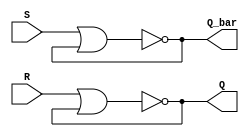
module sr_latch(
    input S,
    input R,
    output Q,
    output Q_bar
);

wire n1, n2;

// NOR gate implementation
assign n1 = ~(S | Q_bar);
assign n2 = ~(R | Q);

// Q and Q_bar outputs
assign Q = n2;
assign Q_bar = n1;

endmodule